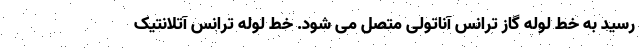
رسید به خط لوله گاز ترانس آناتولی متصل می شود. خط لوله ترانس آتلانتیک